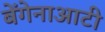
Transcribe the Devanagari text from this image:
बेंगेनाआटी